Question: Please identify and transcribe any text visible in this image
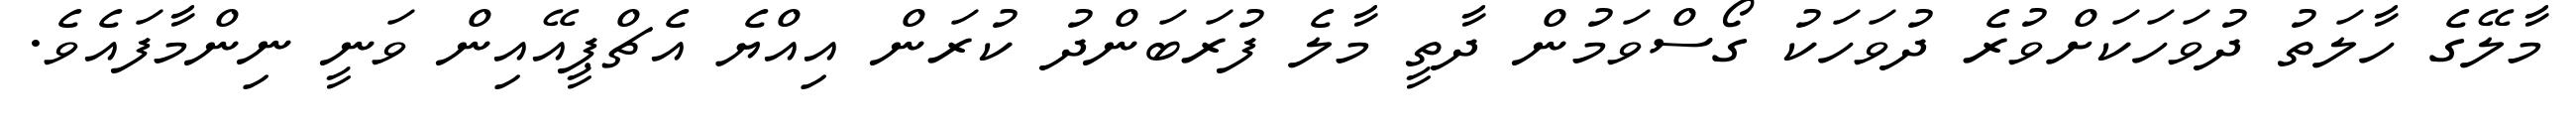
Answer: މާލޭގެ ހާލަތު ދުވަހަކަށްވުރެ ދުވަހަކު ގޯސްވަމުން ދާތީ މާލެ ފުރަބަންދު ކުރަން އިއްޔެ އެޗްޕީއޭއިން ވަނީ ނިންމާފައެވެ.